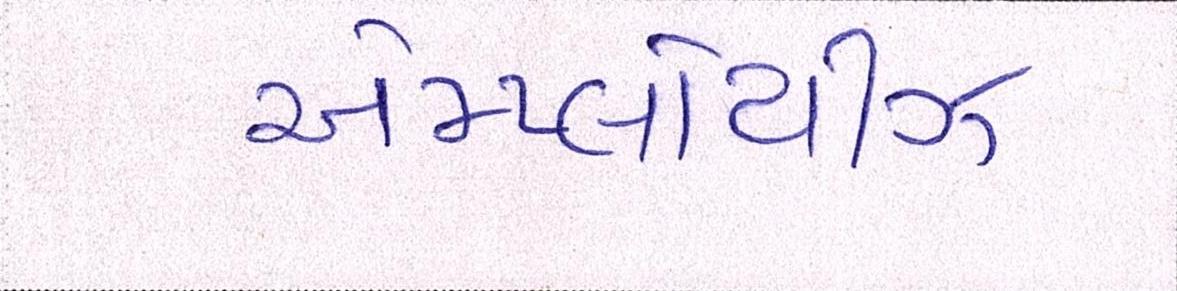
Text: એમ્પ્લોયીઝ